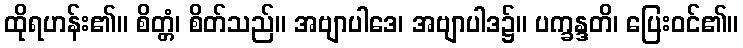
ထိုရဟန်း၏။ စိတ္တံ၊ စိတ်သည်။ အဗျာပါဒေ၊ အဗျာပါဒ၌။ ပက္ခန္ဒတိ၊ ပြေးဝင်၏။